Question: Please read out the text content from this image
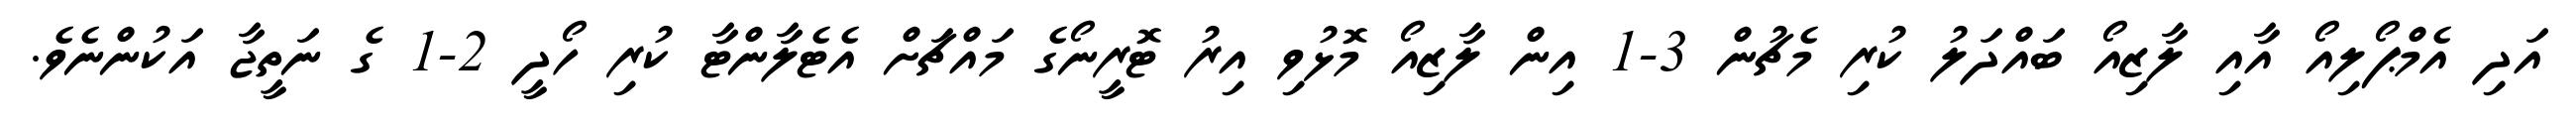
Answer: އަދި އެމްޕޯލިއޯ އާއި ލާޒިއޯ ބައްދަލު ކުރި މެޗުން 3-1 އިން ލާޒިއޯ މޮޅުވި އިރު ޓޮރީނޯގެ މައްޗަށް އެޓެލާންޓާ ކުރި ހޯދީ 2-1 ގެ ނަތީޖާ އަކުންނެވެ.